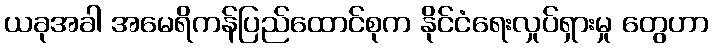
ယခုအခါ အမေရိကန်ပြည်ထောင်စုက နိုင်ငံရေးလှုပ်ရှားမှု တွေဟာ